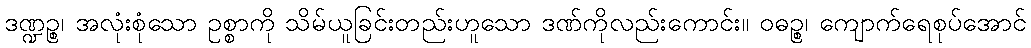
ဒဏ္ဍဉ္စ၊ အလုံးစုံသော ဥစ္စာကို သိမ်ယူခြင်းတည်းဟူသော ဒဏ်ကိုလည်းကောင်း။ ဝဓဉ္စ၊ ကျောက်ရေစုပ်အောင်